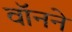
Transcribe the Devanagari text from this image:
वॉनने